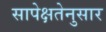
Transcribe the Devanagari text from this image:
सापेक्षतेनुसार